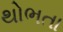
થોભતા